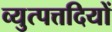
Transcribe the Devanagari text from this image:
व्युत्पत्तदियों